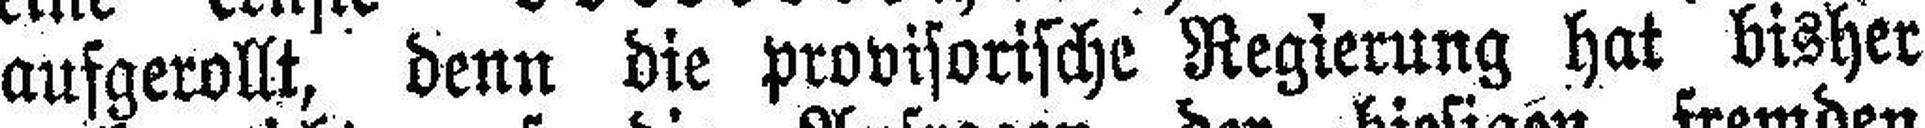
aufgerollt, denn die provisorische Regierung hat bisher